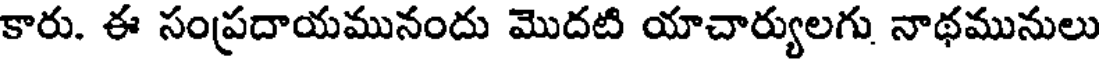
కారు. ఈ సంప్రదాయమునందు మొదటి యాచార్యులగు నాథమునులు